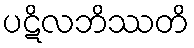
ပဋိလဘိဿတိ